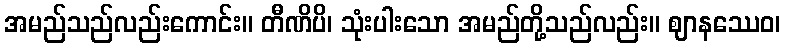
အမည်သည်လည်းကောင်း။ တီဏိပိ၊ သုံးပါးသော အမည်တို့သည်လည်း။ ဈာနဿေဝ၊